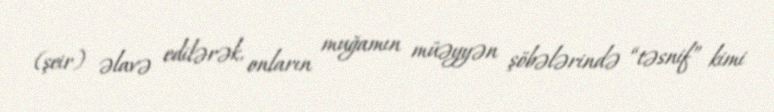
(şeir) əlavə edilərək, onların muğamın müəyyən şöbələrində “təsnif” kimi